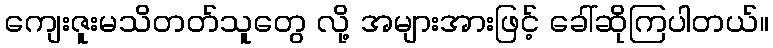
ကျေးဇူးမသိတတ်သူတွေ လို့ အများအားဖြင့် ခေါ်ဆိုကြပါတယ်။